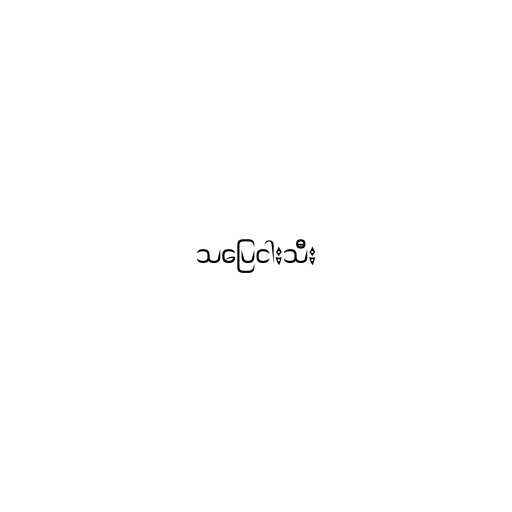
သပြေငါးသီး